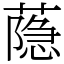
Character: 𦻕